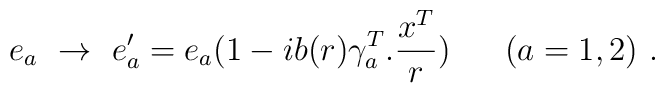
e_a\ \rightarrow\ e_a'=e_a \big (1-ib(r)\gamma_a^T.\frac{x^T}{r}\big )\ \ \ \ \ (a=1,2)\ .